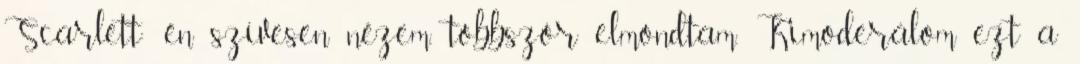
Scarlett: én szívesen nézem, többször elmondtam. Kimoderálom ezt a